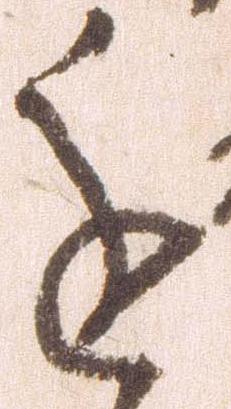
進